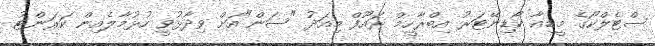
ސްޓެލްކޯގެ މީޑިއާ ކޯޑިނޭޓަރު އިބްރާހީމް ރައޫފް މިއަދު "ސަން"އަށް ވިދާޅުވީ ހުޅުމާލެއިން ކަރަންޓު